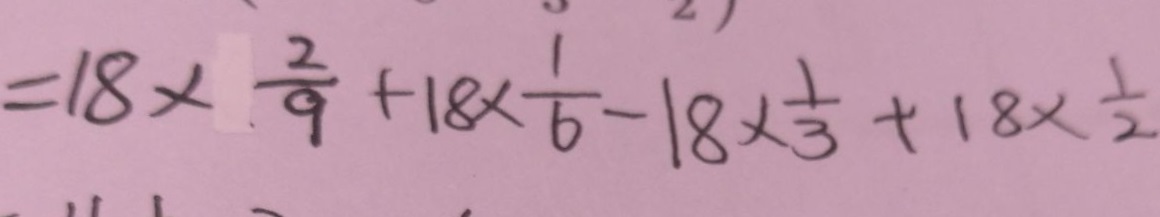
= 1 8 \times \frac { 2 } { 9 } + 1 8 \times \frac { 1 } { 6 } - 1 8 \times \frac { 1 } { 3 } + 1 8 \times \frac { 1 } { 2 }